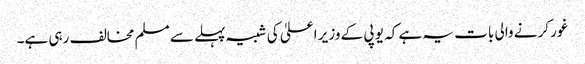
غور کرنے والی بات یہ ہے کہ یو پی کے وزیر اعلیٰ کی شبیہ پہلے سے مسلم مخالف رہی ہے۔